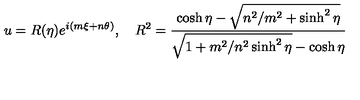
u = R ( \eta ) e ^ { i ( m \xi + n \theta ) } , \quad R ^ { 2 } = { \frac { \cosh \eta - \sqrt { n ^ { 2 } / m ^ { 2 } + \sinh ^ { 2 } \eta } } { \sqrt { 1 + m ^ { 2 } / n ^ { 2 } \sinh ^ { 2 } \eta } - \cosh \eta } }